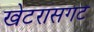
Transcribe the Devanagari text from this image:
खेटरासगट